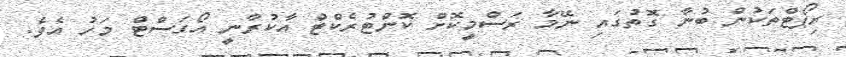
ރިޕޯޓްތަކުން ބުނާ ގޮތުގައި ނޭމާ ރަސްމީކޮށް ކޮންޓުރެކްޓް އާކުރާނީ އޯގަސްޓް މަހު އެވެ.